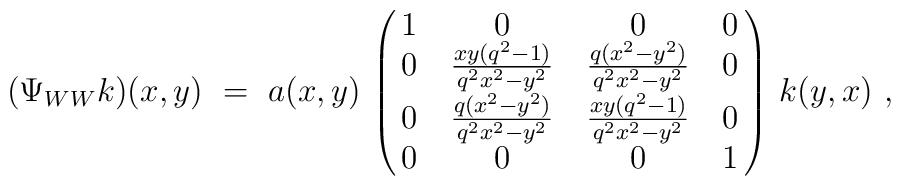
(\Psi_{WW}k)(x,y)\ =\ a(x,y)\, \left( \matrix {1 & 0  & 0  & 0 \cr 0 & \frac{xy(q^2-1)}{q^2x^2-y^2} &\frac{q(x^2-y^2)}{q^2x^2-y^2} & 0 \cr0 & \frac{q(x^2-y^2)}{q^2x^2-y^2} &\frac{xy(q^2-1)}{q^2x^2-y^2} & 0 \cr0 & 0 & 0 & 1}\right)\, k(y,x)\ ,